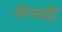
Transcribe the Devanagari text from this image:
लैंगवर्दी